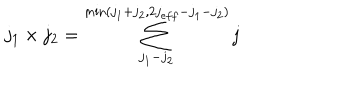
j _ { 1 } \times j _ { 2 } = \sum _ { j _ { 1 } - j _ { 2 } } ^ { \min ( j _ { 1 } + j _ { 2 } , 2 j _ { e f f } - j _ { 1 } - j _ { 2 } ) } j